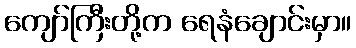
ကျော်ကြီးတို့က ရေနံချောင်းမှာ။